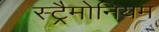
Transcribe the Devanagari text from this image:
स्ट्रैमोनियम